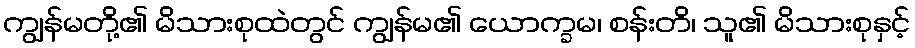
ကျွန်မတို့၏ မိသားစုထဲတွင် ကျွန်မ၏ ယောက္ခမ၊ စန်းတိ၊ သူ၏ မိသားစုနှင့်